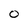
Character: O